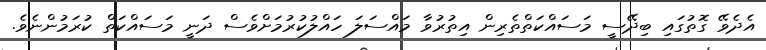
އެދެވޭ ގޮތުގައި ބިދޭސީ މަސައްކަތްތެރިން އިތުރުވާ މައްސަލަ ހައްލުކުރުމަށްވެސް ދަނީ މަސައްކަތް ކުރަމުންނެވެ.